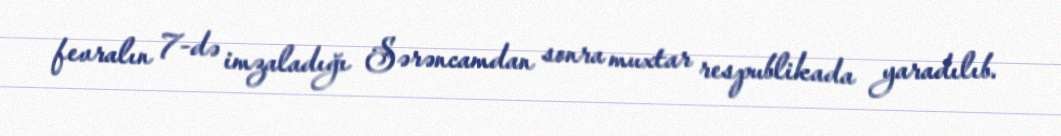
fevralın 7-də imzaladığı Sərəncamdan sonra muxtar respublikada yaradılıb.